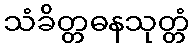
သံခိတ္တဓနသုတ္တံ